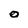
Character: o